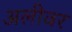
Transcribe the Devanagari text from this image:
अलीवर